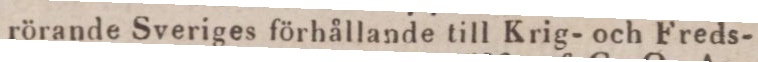
rörande Sveriges förhållande till Krig- och Freds-